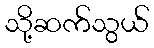
သို့ဆက်သွယ်